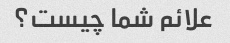
علائم شما چیست؟